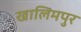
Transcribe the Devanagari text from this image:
खालिमपुर